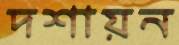
দশায়ন